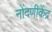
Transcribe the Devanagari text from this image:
नोंदणीकेंद्र